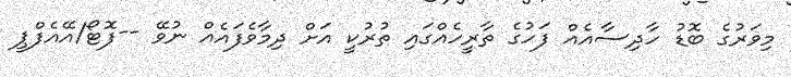
މިވަރުގެ ބޮޑު ހާދިސާއެއް ފަހުގެ ތާރީހެއްގައި ތުރުކީ އަށް ދިމާވެފައެއް ނުވޭ --ފޮޓޯ/އޭއެފްޕީ